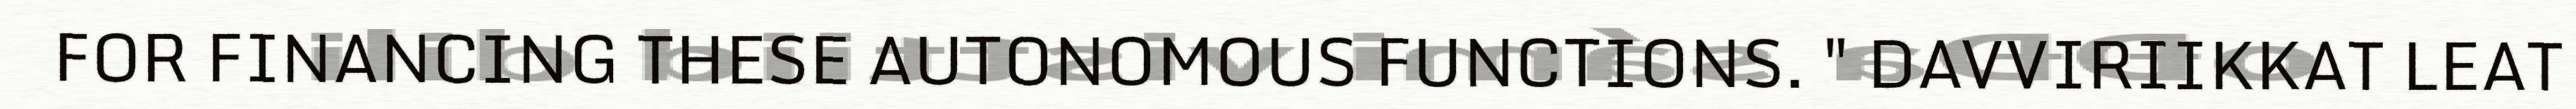
FOR FINANCING THESE AUTONOMOUS FUNCTIONS. " DAVVIRIIKKAT LEAT